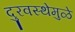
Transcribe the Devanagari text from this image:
दुरवस्थेमुळे